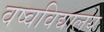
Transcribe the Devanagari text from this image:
वष्वविद्यालय